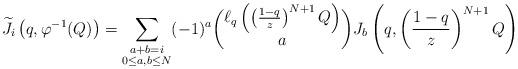
LaTeX: \begin{align*} \widetilde{J_i} \left( q, \varphi^{-1}(Q) \right) = \sum_{\substack{ a + b = i \\ 0 \leq a, b \leq N }} (-1)^a \binom{\ell_q \left(\left( \frac{1-q}{z}\right)^{N+1} Q \right)}{a} J_b \left( q,\left( \frac{1-q}{z}\right)^{N+1} Q \right) \end{align*}